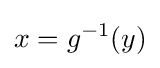
x=g^{-1}(y)